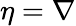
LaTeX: \eta=\nabla